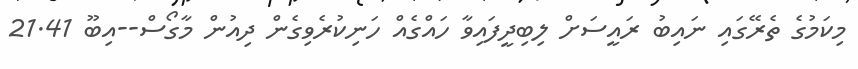
މިކަމުގެ ތެރޭގައި ނައިބު ރައީސަށް ލިބިދީފައިވާ ހައްގެއް ހަނިކުރެވިގެން ދިއުން މާގޯސް--އިބޫ 21.41